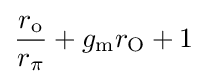
{\frac {r_{\mathrm {o} }}{r_{\pi }}}+g_{\mathrm {m} }r_{\mathrm {O} }+1